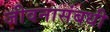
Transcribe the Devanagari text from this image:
जीवनासंबधी